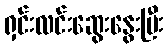
ရှင်းလင်းဆွေးနွေးပြီး